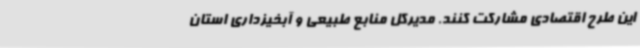
این طرح اقتصادی مشارکت کنند. مدیرکل منابع طبیعی و آبخیزداری استان